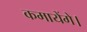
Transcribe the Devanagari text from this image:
कमायेंगे।